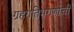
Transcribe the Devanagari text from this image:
ग्रहगतिभगणांची